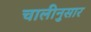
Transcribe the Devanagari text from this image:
चालीनुसार